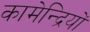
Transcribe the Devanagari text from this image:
कामेन्द्रियों